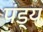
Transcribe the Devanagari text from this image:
पंड्य